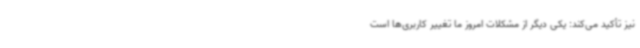
نیز تأکید می‌کند: یکی دیگر از مشکلات امروز ما تغییر کاربری‌ها است